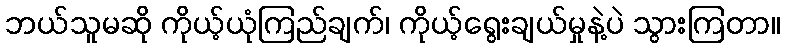
ဘယ်သူမဆို ကိုယ့်ယုံကြည်ချက်၊ ကိုယ့်ရွေးချယ်မှုနဲ့ပဲ သွားကြတာ။